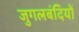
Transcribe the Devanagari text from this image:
जुगलबंदियों